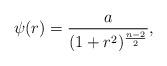
LaTeX: \begin{align*}\psi(r)={a\over{(1+r^2)^{{n-2}\over 2}}},\end{align*}